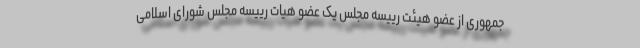
جمهوری از عضو هیئت رییسه مجلس یک عضو هیات رییسه مجلس شورای اسلامی